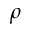
\rho